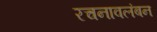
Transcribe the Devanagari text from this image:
रचनावलंबन